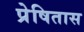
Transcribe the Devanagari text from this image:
प्रेषितास